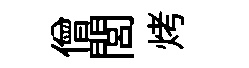
僧閭烤